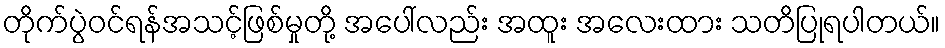
တိုက်ပွဲဝင်ရန်အသင့်ဖြစ်မှုတို့ အပေါ်လည်း အထူး အလေးထား သတိပြုရပါတယ်။